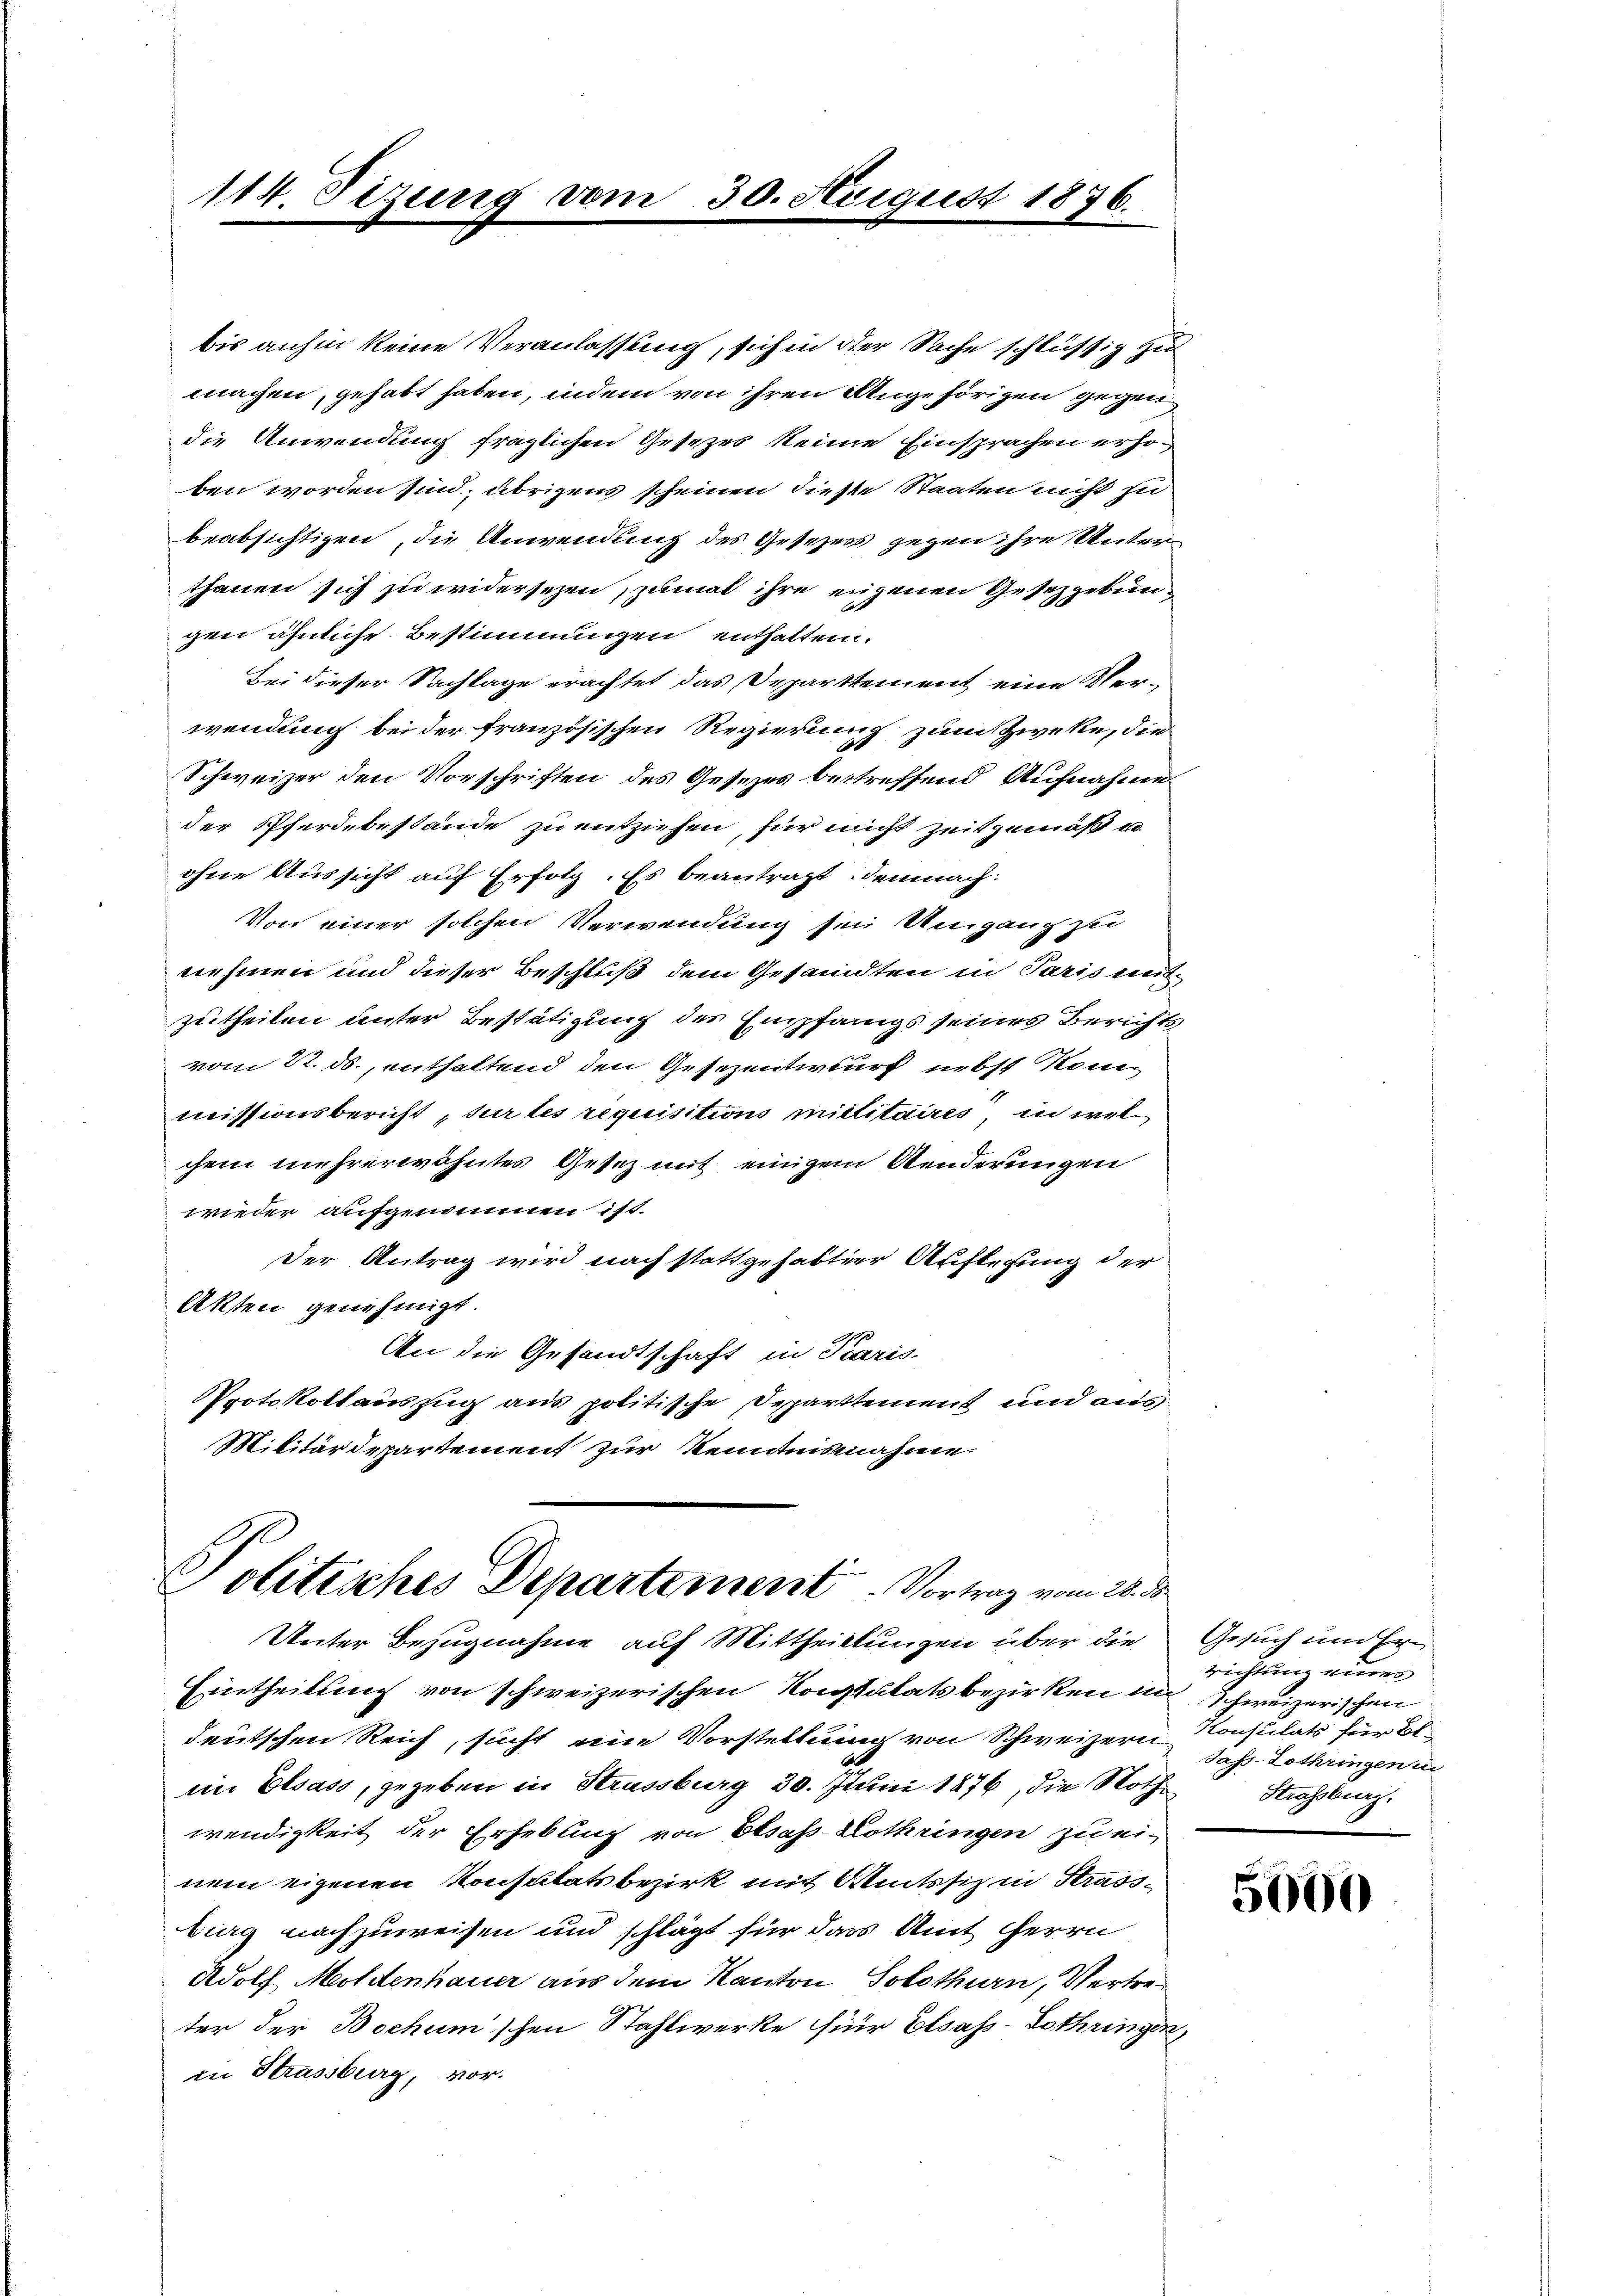
114. Sizung vom

bis anhin keine Veranlassung, sich in der Sache schlüssig zu
machen, gehabt haben, indem von ihren Angehörigen gegen
die Anwendung fraglichen Gesezes keine Einsprachen erhoben worden sind, übrigens scheinen diese Staaten nicht zu
beabsichtigen, die Anwendung des Gesezess gegen ihre Unterthanen sich zu widersezen, zumal ihre eigenen Gesetzgebungen ähnliche Bestimmungen enthalten.
Bei dieser Sachlage erachtet das Departtement eine Verwendung bei der französischen Regierung zum Zweke, die
Schweizer den Vorschriften des Gesezes betreffend Aufnahme
der Pferdebestände zu entziehen, für nicht zeitgemäß u
ohne Aussicht auf Erfolg. Es beantragt: demnach:
Von einer solchen Verwendung sei Umgang zu
nehmen und dieser Beschluß dem Gesandten in Paris mi
zutheilen unter Bestätigung des Empfangs seines Berichts
vom 22. ds., enthaltend den Gesezentwurf nebst Konmissionsbericht, sur les requisitions militaires, in welchem mehrerwähntes Gesetz mit einigem Aenderungen
wieder aufgenommen ist.
Der Antrag wird nach stattgehabter Auflegung der
Akten genehmigt.
An die Gesandtschaft in Paris-
Protokollauszug aus politische Departement und aus
Militärdepartement zur Kenntnisnahme

30. August 1876.

he
Politisches Departement. Vortrag vom 28. ds.
Unter Bezugnahme auf Mittheillungen über die

Eintheilung von schweizerischen Konstulatsbezirken in Schweizerischen
deutschen Reich, sucht eine Vorstellung von Schweizern Konsulats für St.
im Elsass, gegeben in Strassburg 30. Juni 1876, die Nothwendigkeit der Erhebung von Elsass-Lothringen zu ei-
nem eigenen Konsulatsbezirk mit Amtssit in Strassbieg nachzuweisen und schlägt für das Amt Herrn
Adolf Moldenhauer aus dem Kanton Solothurn, Vertreter der Bochum'schen Stahlwerke für Elsass-Lothringen,
in Strassburg, vor.

Gesuch um Er
richtung eines
Jass-Lothringen in
Strassburg.

5000